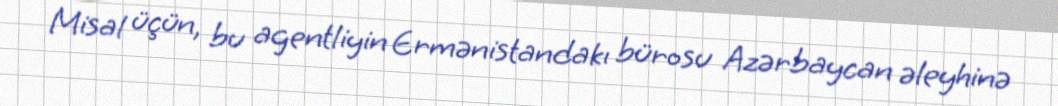
Misal üçün, bu agentliyin Ermənistandakı bürosu Azərbaycan əleyhinə